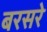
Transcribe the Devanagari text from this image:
बरसरे